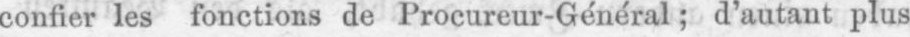
confier les fonctions de Procureur-Général; d’autant plus